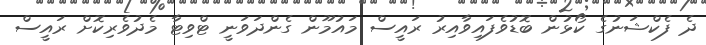
ދެ ފެކްޝަނުގެ ކޯޅުން ބޮޑުވެފައިވާއިރު ރައީސް މައުމޫން ގެންދަވަނީ ޓްވިޓާ މެދުވެރިކޮށް ރައީސް